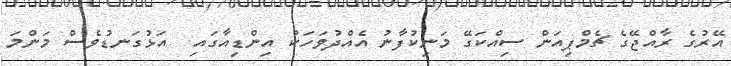
އޭރުގެ ރާއްޖޭގެ ޗެމްޕިއަން ސިއްކަގޭ މަނިކުފާނު އެއްދުވަހަކު އިންޑިއާގައި  އަޅުގަނޑުވެސް މަންމަ